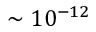
\sim 1 0 ^ { - 1 2 }